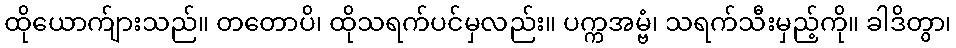
ထိုယောက်ျားသည်။ တတောပိ၊ ထိုသရက်ပင်မှလည်း။ ပက္ကအမ္ဗံ၊ သရက်သီးမှည့်ကို။ ခါဒိတွာ၊